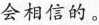
会相信的。